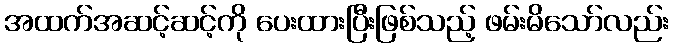
အထက်အဆင့်ဆင့်ကို ပေးထားပြီးဖြစ်သည့် ဖမ်းမိသော်လည်း